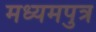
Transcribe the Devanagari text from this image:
मध्यमपुत्र